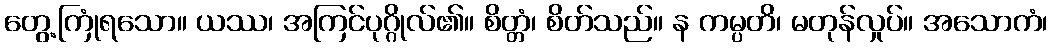
တွေ့ကြုံရသော။ ယဿ၊ အကြင်ပုဂ္ဂိုလ်၏။ စိတ္တံ၊ စိတ်သည်။ န ကမ္ပတိ၊ မတုန်လှုပ်။ အသောကံ၊